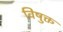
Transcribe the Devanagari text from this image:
विषुक्त